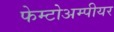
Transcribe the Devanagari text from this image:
फेम्टोअम्पीयर